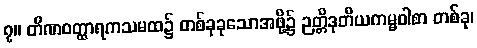
၇။ တိဏဝတ္ထာရကသမထ၌ တစ်ခုခုသောအဖို့၌ ဉတ္တိဒုတိယကမ္မဝါစာ တစ်ခု၊